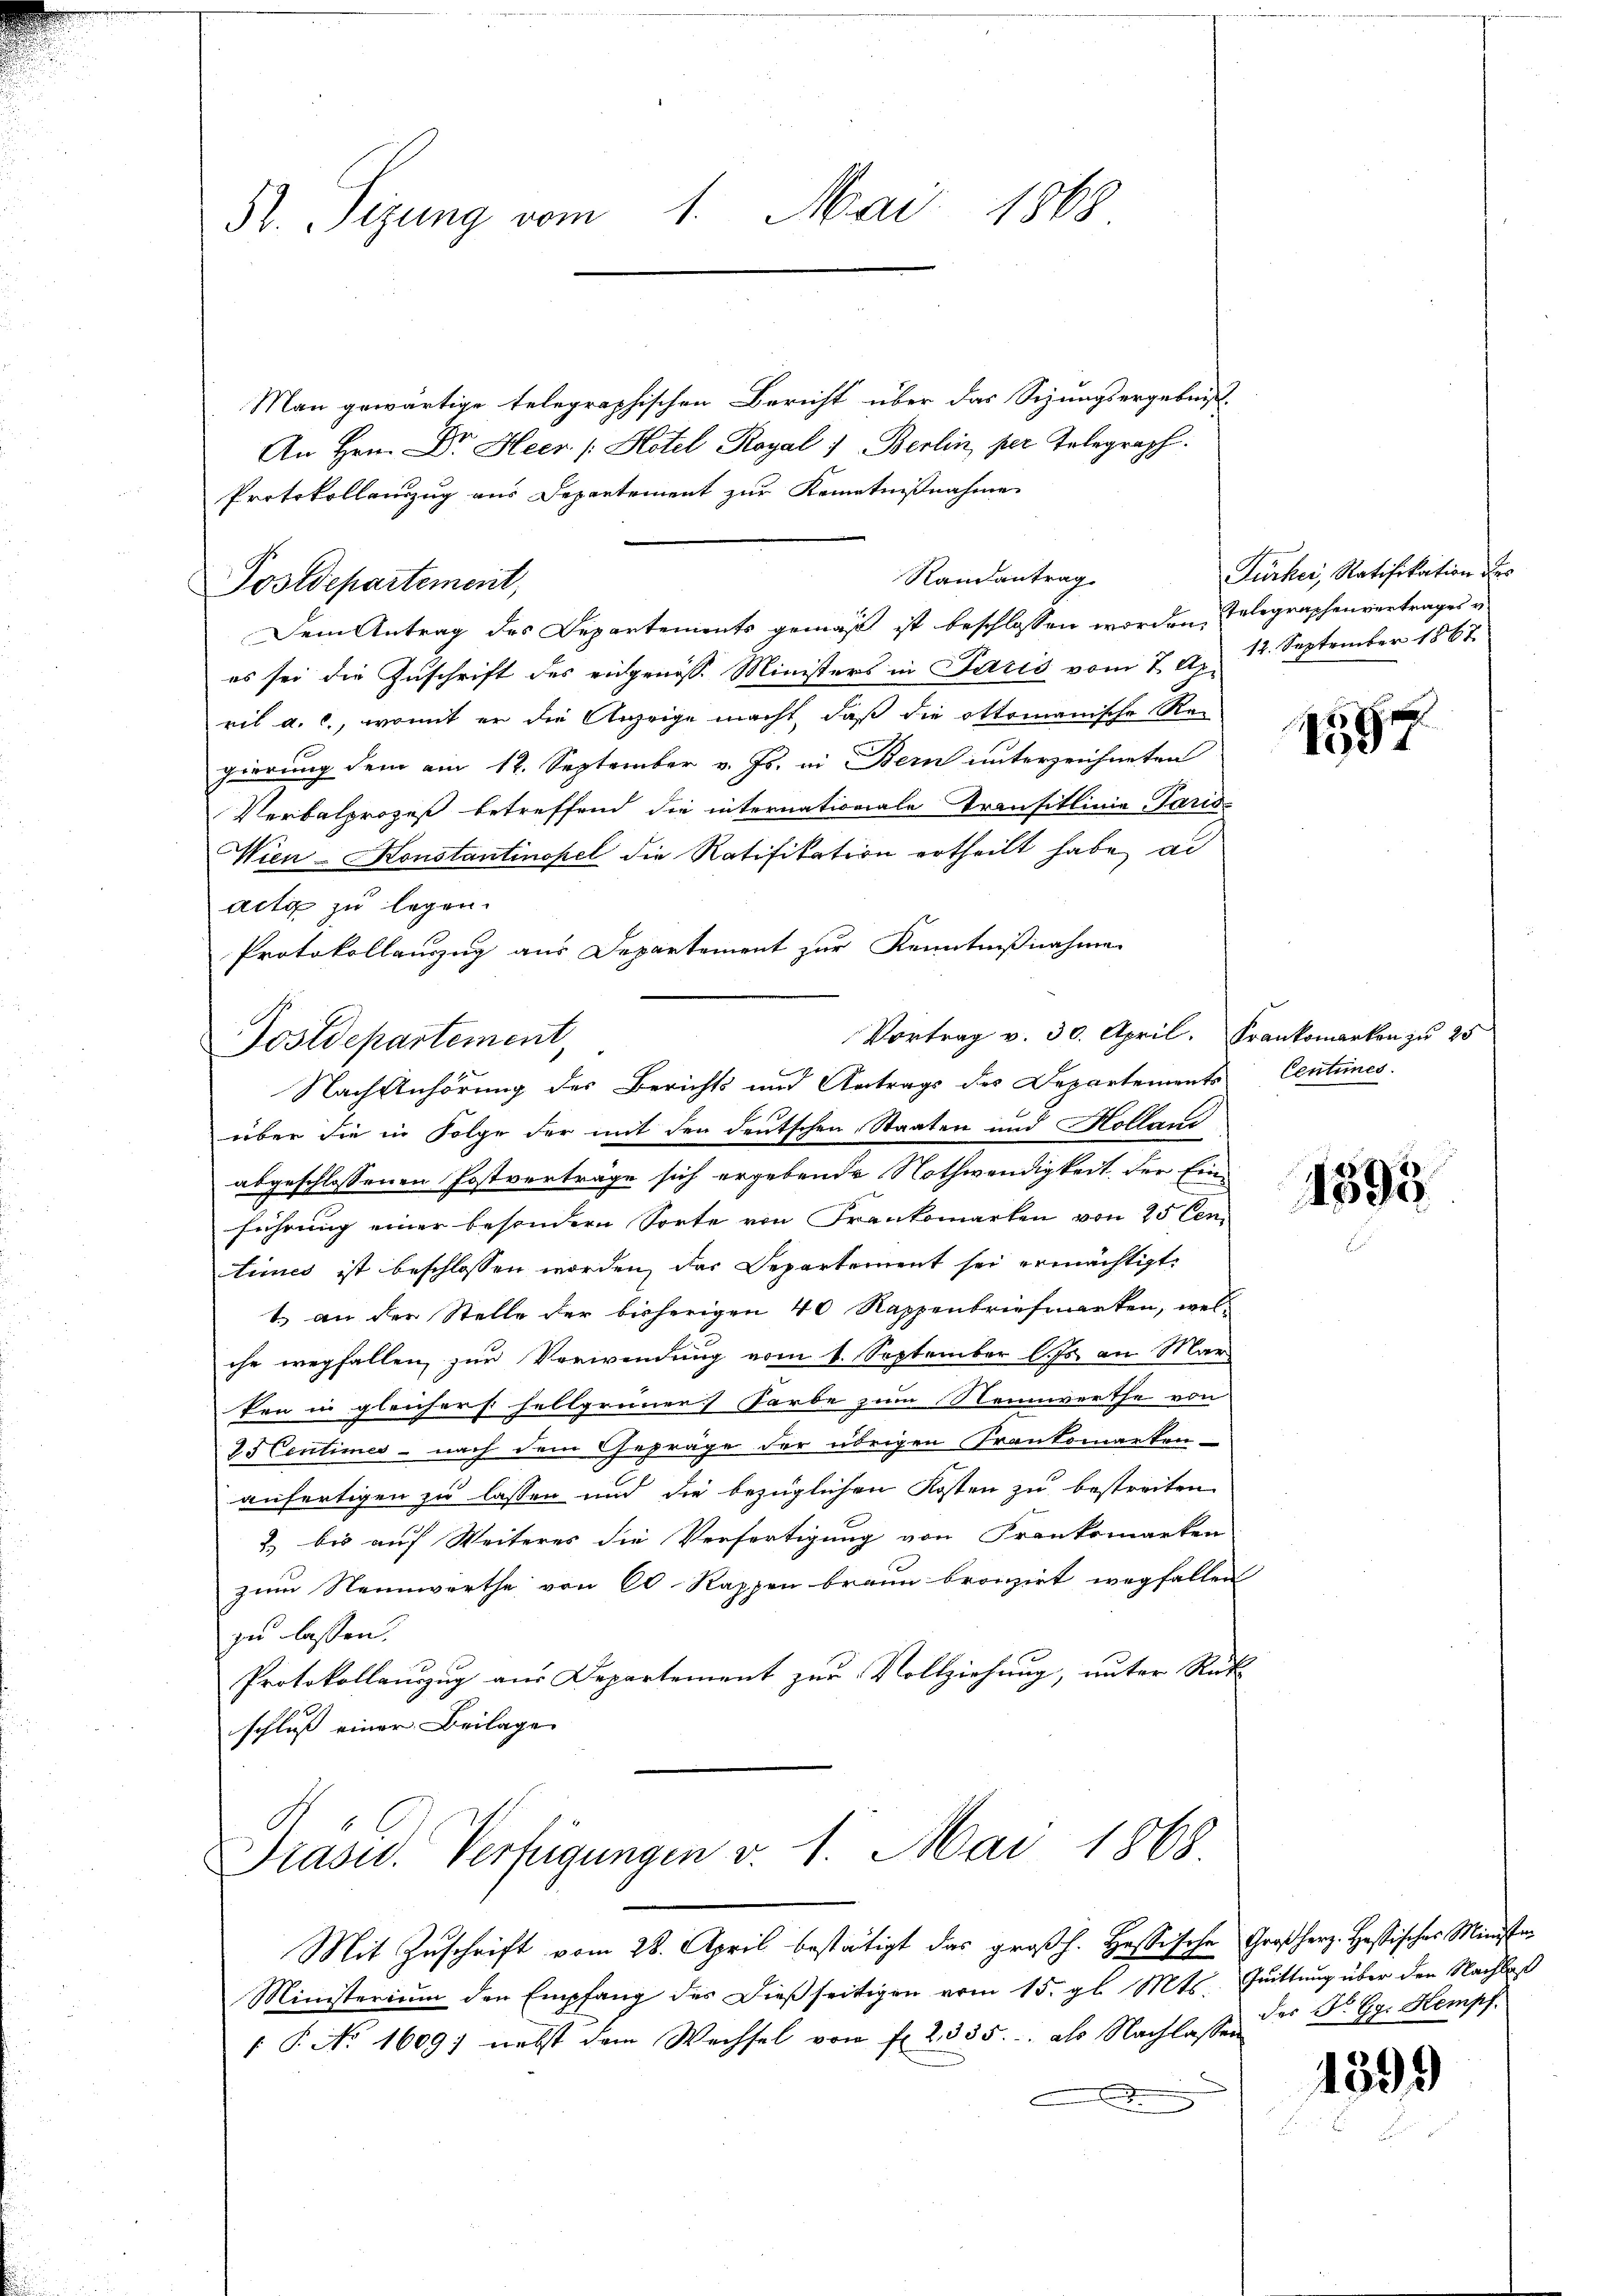
52. Sizung vom 1. Mai 1868

Man gewärtige telegraphischen Bericht über das Schungsergebnis
An Hrn. Dr. Heer (: Hotel Royal : Berlin, per Telegraph.
Protokollanzug aus Departement zur Kenntnißnahme
Dem Antrag des Departements gemäß ist beschlossen worden, Telegraphenvertrages v
es sei die Zuschrift des eidgenöss. Ministers in Paris vom 7. Ap. 14. September 1867.
ril a. c., womit er die Anzeige macht, daß die Ottomanische Ragierung dem am 12. September v. Js. in Bern unterzeichneten
Verbalprozeß betreffend die internationale Transitlinie Paris-
Wien - Konstantinopel die Ratifikation ertheilt habe ad
acta zu legen.
Protokollauszug aus Departement zur Kenntnißnahme
Vortrag v. 30. April. Frankomarken zu 25
über die in Folge der mit den deutschen Staaten und Holland
abgeschlossenen Postverträge sich ergebende Nothwendigkeit der Einführung einer besondere Sorte von Frankomarten von 25 Centimes ist beschlossen worden, das Departement sei ermächtigt.
t) an der Stelle der bisherigen 40 Rappenbriefmarken, welche wegfallen, zur Verwendung vom 1. September l. Js. an Mar
ten in gleichers hellgrüner Sarbe zum Nennwerthe von
25 Centimes - nach dem Gepräge der übrigen Frankomarken-
anfertigen zu lassen und die bezüglichen Kosten zu bestreiten
2) bis auf Weiteres die Verfertigung von Franksmarken
zum Nennwerthe von 60 Rappen braun bronzirt wegfallen
zu lassen.
Protokollauszug aus Departement zur Vollziehung, unter Rück-
schluß einer Beilage
Präsid.. Verfügungen v. 1. Mai 1868
Mit Zuschrift vom 28. April bestätigt das großh. Hassische Großherz. Hastisches Ministen
Ministerium den Empfang des dießseitigen vom 15. gl. Mts. Quittung über den Nachlaß
1 P. No. 1609) nebst dem Wechsel von fr. 2335. als Nachlasse der Dr. Gr. Kompf
.

Postdepartement,

d
Postdepartement

Nach Anhörung des Berichts und Antrags des Departements Centimes.

Randantrag

Fürker, Ratifikation des

1594

1598.

1399